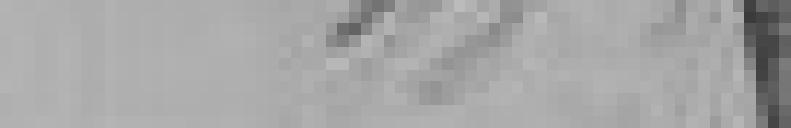
78